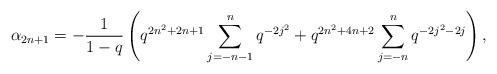
LaTeX: \begin{align*} \alpha_{2n+1} = -\frac{1}{1-q}\left(q^{2n^2+2n+1}\sum_{j=-n-1}^{n}q^{-2j^2} + q^{2n^2+4n+2}\sum_{j=-n}^{n}q^{-2j^2-2j}\right),\end{align*}